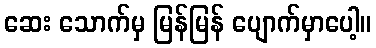
ဆေး သောက်မှ မြန်မြန် ပျောက်မှာပေါ့။